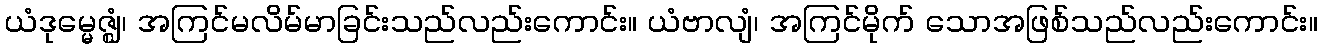
ယံဒုမ္မေဇ္ဈံ၊ အကြင်မလိမ်မာခြင်းသည်လည်းကောင်း။ ယံဗာလျံ၊ အကြင်မိုက် သောအဖြစ်သည်လည်းကောင်း။